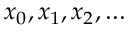
x _ { 0 } , x _ { 1 } , x _ { 2 } , \ldots